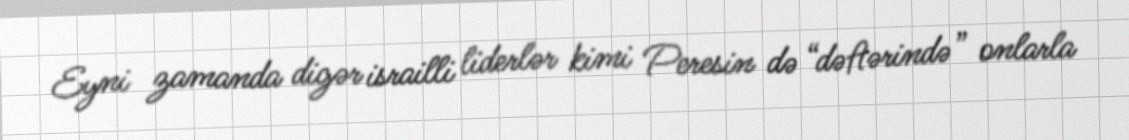
Eyni zamanda digər israilli liderlər kimi Peresin də “dəftərində” onlarla